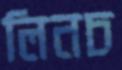
লিনচ